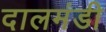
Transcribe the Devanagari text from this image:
दालमंडी